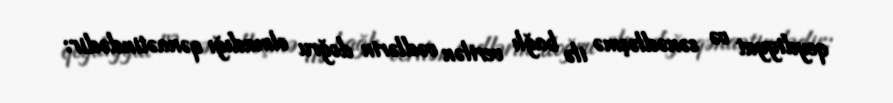
qeydiyyat və sənədləşmə ilə bağlı verilən vədlərin doğru olmadığı qənaətindədir: